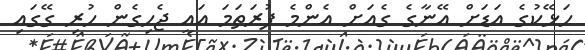
ހަޅޭކުގެ އަޑަށް އޭނާގެ ގެއަށް އެންމެ ފުރަތަމަ އައީ ޖެހިގެން ހުރި ގޭގައި